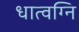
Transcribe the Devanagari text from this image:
धात्वग्नि